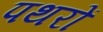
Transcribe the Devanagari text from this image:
पथरों